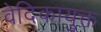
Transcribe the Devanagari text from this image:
वेदिकायुक्त